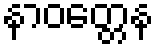
နာဝတ္တေန